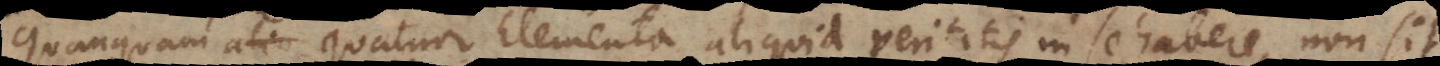
Quanquam quatuor Elementa aliquid veritatis in se habere, non sit